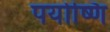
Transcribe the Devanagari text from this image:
पयोष्णि